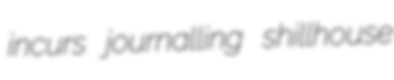
incurs journalling shillhouse